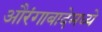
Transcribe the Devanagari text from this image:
औरंगाबादेमध्ये